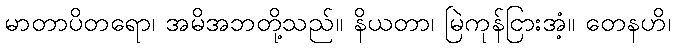
မာတာပိတရော၊ အမိအဘတို့သည်။ နိယတာ၊ မြဲကုန်ငြားအံ့။ တေနဟိ၊